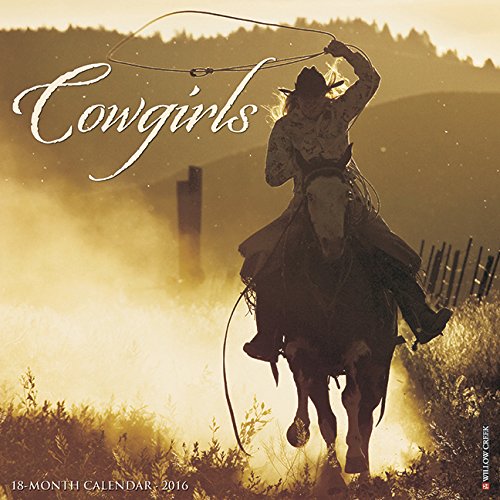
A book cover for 2016 Cowgirls Wall Calendar; Willow Creek Press; Calendars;